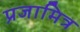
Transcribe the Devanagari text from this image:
प्रजामित्र